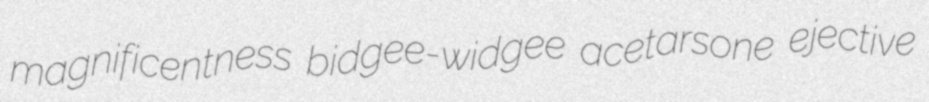
magnificentness bidgee-widgee acetarsone ejective